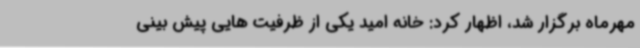
مهرماه برگزار شد، اظهار کرد: خانه امید یکی از ظرفیت هایی پیش بینی